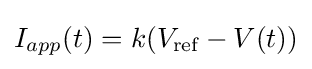
I_{app}(t)=k(V_{\text{ref}}-V(t))